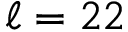
\ell = 2 2